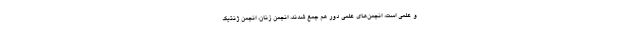
و علمی است، انجمن‌های علمی دور هم جمع شدند، انجمن زنان، انجمن ژنتیک